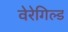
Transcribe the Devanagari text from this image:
वेरेगिल्ड